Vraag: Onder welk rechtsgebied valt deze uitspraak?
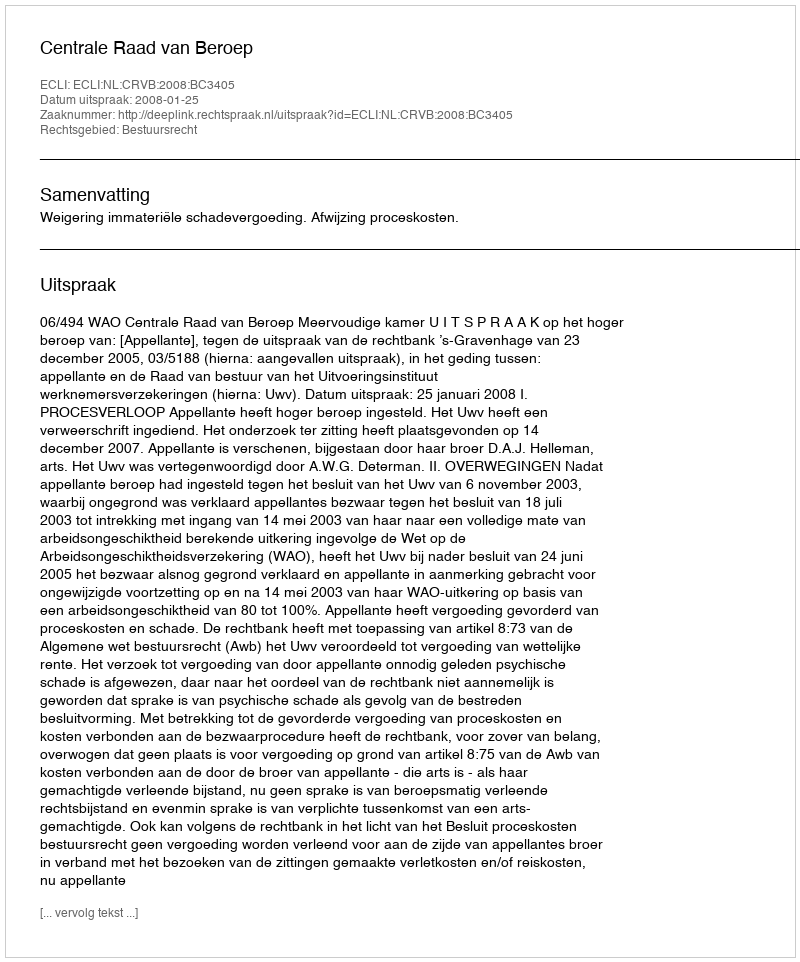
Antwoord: Bestuursrecht